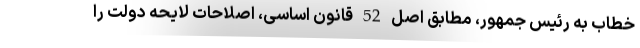
خطاب به رئیس جمهور، مطابق اصل 52 قانون اساسی، اصلاحات لایحه دولت را